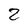
Character: 2